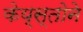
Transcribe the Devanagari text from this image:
केय्स्तोने